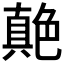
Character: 𦫭